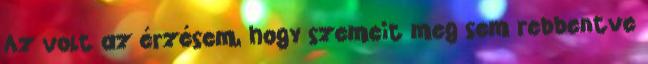
Az volt az érzésem, hogy szemeit meg sem rebbentve